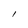
Character: 1